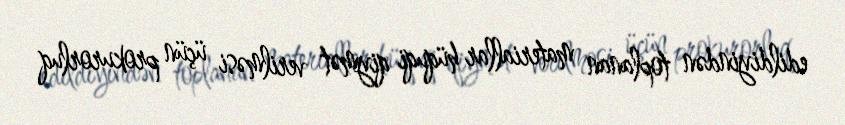
edildiyindən toplanan materiallar hüquqi qiymət verilməsi üçün prokurorluq